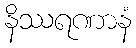
နိဿရဏာနံ